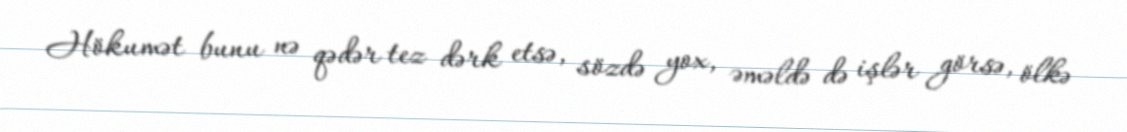
Hökumət bunu nə qədər tez dərk etsə, sözdə yox, əməldə də işlər görsə, ölkə